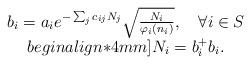
LaTeX: \begin{align*}\begin{array}{c}b_{i}=a_{i} e^{-\sum_{j}c_{ij}N_{j}}\sqrt{\frac{N_{i}}{\varphi_{i}(n_{i})}},\quad \forall i \in S\\begin{align*}4mm]N_{i}=b_{i}^{+}b_{i}.\end{array}\end{align*}